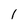
Character: I